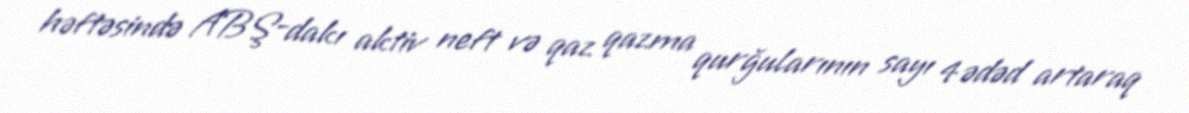
həftəsində ABŞ-dakı aktiv neft və qaz qazma qurğularının sayı 4 ədəd artaraq